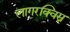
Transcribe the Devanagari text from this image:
लागरक्विस्न